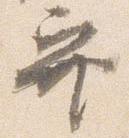
巽